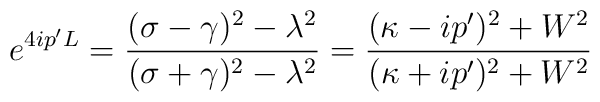
e^{4ip^{\prime}L} = \frac{(\sigma-\gamma)^2-\lambda^2}{(\sigma+\gamma)^2-\lambda^2}= \frac{(\kappa-ip^{\prime})^2+W^2}{(\kappa+ip^{\prime})^2+W^2}